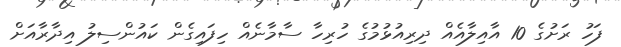
ފަހު ރަށުގެ 10 އާއިލާއެއް ދިރިއުޅުމުގެ ހުރިހާ ސާމާނެއް ހިފައިގެން ކައުންސިލު އިދާރާއަށް